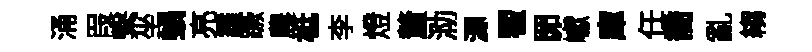
涌叚繋坐蝸亮霾蹶農柢李燈釐泐源翟𦊑巘庫任喬亂縐